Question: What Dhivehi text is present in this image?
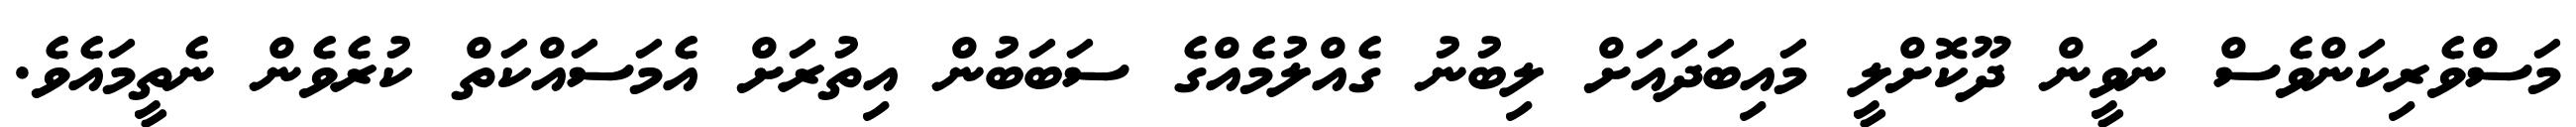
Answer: މަސްވެރިކަންވެސް ނަވީން ދޫކޮށްލީ މައިބަދައަށް ލިބުނު ގެއްލުމެއްގެ ސަބަބުން އިތުރަށް އެމަސައްކަތް ކުރެވެން ނެތީމައެވެ.